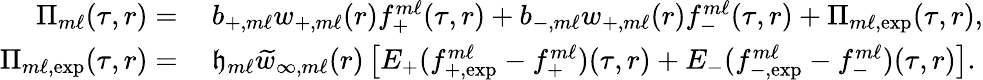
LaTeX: \begin{array}{rl}{\Pi_{m\ell}(\tau,r)=}&{\: b_{+,m\ell}w_{+,m\ell}(r)f_{+}^{m\ell}(\tau,r)+b_{-,m\ell}w_{+,m\ell}(r)f_{-}^{m\ell}(\tau,r)+\Pi_{m\ell,\mathrm{exp}}(\tau,r),}\\ {\Pi_{m\ell,\mathrm{exp}}(\tau,r)=}&{\: {\mathfrak{h}}_{m\ell}\widetilde{w}_{\infty,m\ell}(r)\left[E_{+}(f_{+,\mathrm{exp}}^{m\ell}-f_{+}^{m\ell})(\tau,r)+E_{-}(f_{-,\mathrm{exp}}^{m\ell}-f_{-}^{m\ell})(\tau,r)\right].}\end{array}